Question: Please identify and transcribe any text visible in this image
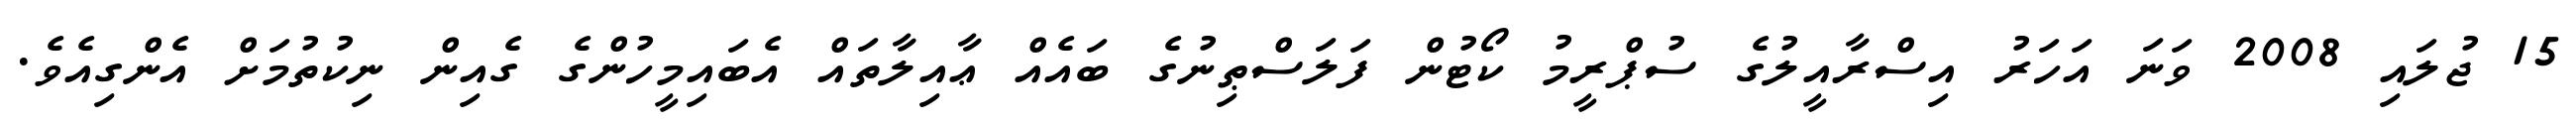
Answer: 15 ޖުލައި 2008 ވަނަ އަހަރު އިސްރާއީލުގެ ސުޕްރީމު ކޯޓުން ފަލަސްޠިނުގެ ބައެއް ޢާއިލާތައް އެބައިމީހުންގެ ގެއިން ނިކުތުމަށް އެންގިއެވެ.